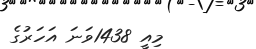
މިއީ 1438ވަނަ އަހަރުގެ